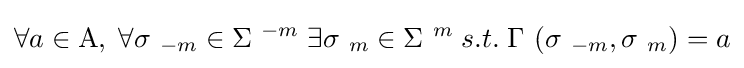
\forall a\in \mathrm {A} ,\;\forall \sigma \ _{-m}\in \Sigma \ ^{-m}\;\exists \sigma \ _{m}\in \Sigma \ ^{m}\;s.t.\;\Gamma \ (\sigma \ _{-m},\sigma \ _{m})=a